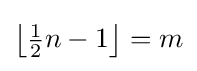
{\bigl \lfloor }{\tfrac {1}{2}}n-1{\bigr \rfloor }=m